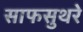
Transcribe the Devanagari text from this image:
साफसुथरे